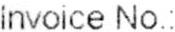
INVOICE NO.: